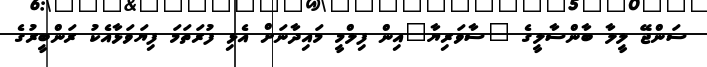
ސަންޖޭ ލީލާ ބާންސާލީގެ "ސާވަރިޔާ"އިން ފިލްމީ މައިދާނަށް އެޅި ފުރަތަމަ ފިޔަވަޅާއެކު ރަންބީރުގެ